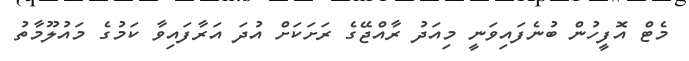
މެޓް އޮފީހުން ބުނެފައިވަނީ މިއަދު ރާއްޖޭގެ ރަށަކަށް އުދަ އަރާފައިވާ ކަމުގެ މައުލޫމާތު